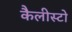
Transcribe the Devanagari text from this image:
कैलीस्टो